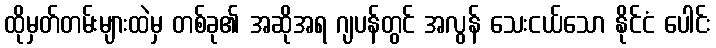
ထိုမှတ်တမ်းများထဲမှ တစ်ခု၏ အဆိုအရ ဂျပန်တွင် အလွန် သေးငယ်သော နိုင်ငံ ပေါင်း